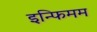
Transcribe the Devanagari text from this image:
इन्फिमम